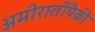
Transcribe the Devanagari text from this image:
अमीरातींपैकी